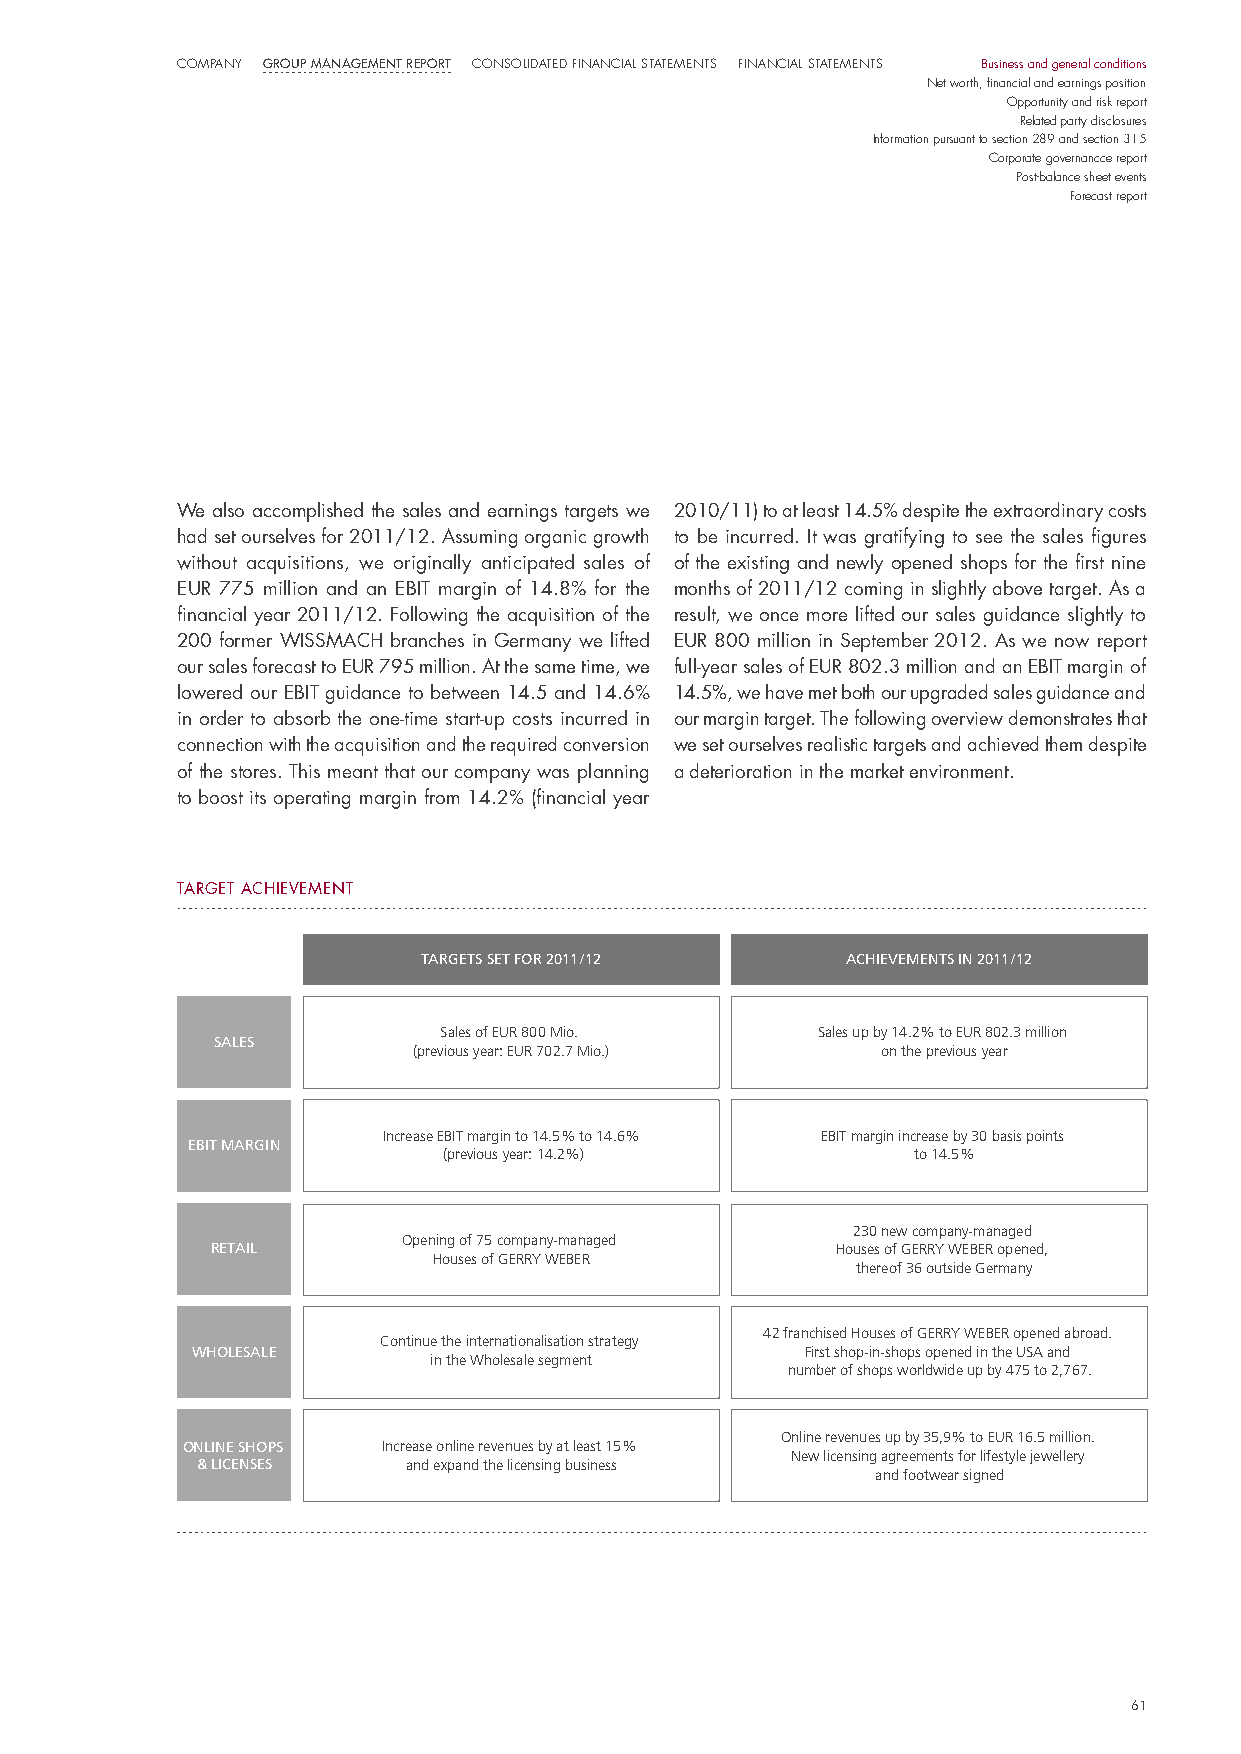
COmPaNy Group ManaGeMent report CONsOlIdated FINaNCIal statemeNts FINaNCIal statemeNts Business and general conditions
 Net worth, financial and earnings position
 Opportunity and risk report
 Related party disclosures
 Information pursuant to section 289 and section 315
 Corporate governancce report
 Post-balance sheet events
 Forecast report
 We also accomplished the sales and earnings targets we 2010/11) to at least 14.5% despite the extraordinary costs
 had set ourselves for 2011/12. Assuming organic growth to be incurred. it was gratifying to see the sales figures
 without acquisitions, we originally anticipated sales of of the existing and newly opened shops for the first nine
 euR 775 million and an eBiT margin of 14.8% for the months of 2011/12 coming in slightly above target. As a
 financial year 2011/12. Following the acquisition of the result, we once more lifted our sales guidance slightly to
 200 former WissmACh branches in Germany we lifted euR 800 million in september 2012. As we now report
 our sales forecast to euR 795 million. At the same time, we full-year sales of euR 802.3 million and an eBiT margin of
 lowered our eBiT guidance to between 14.5 and 14.6% 14.5%, we have met both our upgraded sales guidance and
 in order to absorb the one-time start-up costs incurred in our margin target. The following overview demonstrates that
 connection with the acquisition and the required conversion we set ourselves realistic targets and achieved them despite
 of the stores. This meant that our company was planning a deterioration in the market environment.
 to boost its operating margin from 14.2% (financial year
 TARGeT AChievemenT
 TARGETS SET FOR 2011/12     ACHIEVEMENTS IN 2011/12
 Sales of EUR 800 Mio.    Sales up by 14.2% to EUR 802.3 million
 SALES
 (previous year: EUR 702.7 Mio.) on the previous year
 Increase EBIT margin to 14.5% to 14.6% EBIT margin increase by 30 basis points
 EBIT MARGIN
 (previous year: 14.2%)         to 14.5%
 230 new company-managed
 Opening of 75 company-managed
 RETAIL                                   Houses of GERRY WEBER opened,
 Houses of GERRY WEBER
 thereof 36 outside Germany
 42 franchised Houses of GERRY WEBER opened abroad.
 Continue the internationalisation strategy
 WHOLESALE                               First shop-in-shops opened in the USA and
 in the Wholesale segment
 number of shops worldwide up by 475 to 2,767.
 Online revenues up by 35,9% to EUR 16.5 million.
 ONLINE SHOPS Increase online revenues by at least 15%
 New licensing agreements for lifestyle jewellery
 & LICENSES    and expand the licensing business
 and footwear signed
 61